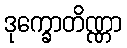
ဒုက္ခောတိဏ္ဏာ